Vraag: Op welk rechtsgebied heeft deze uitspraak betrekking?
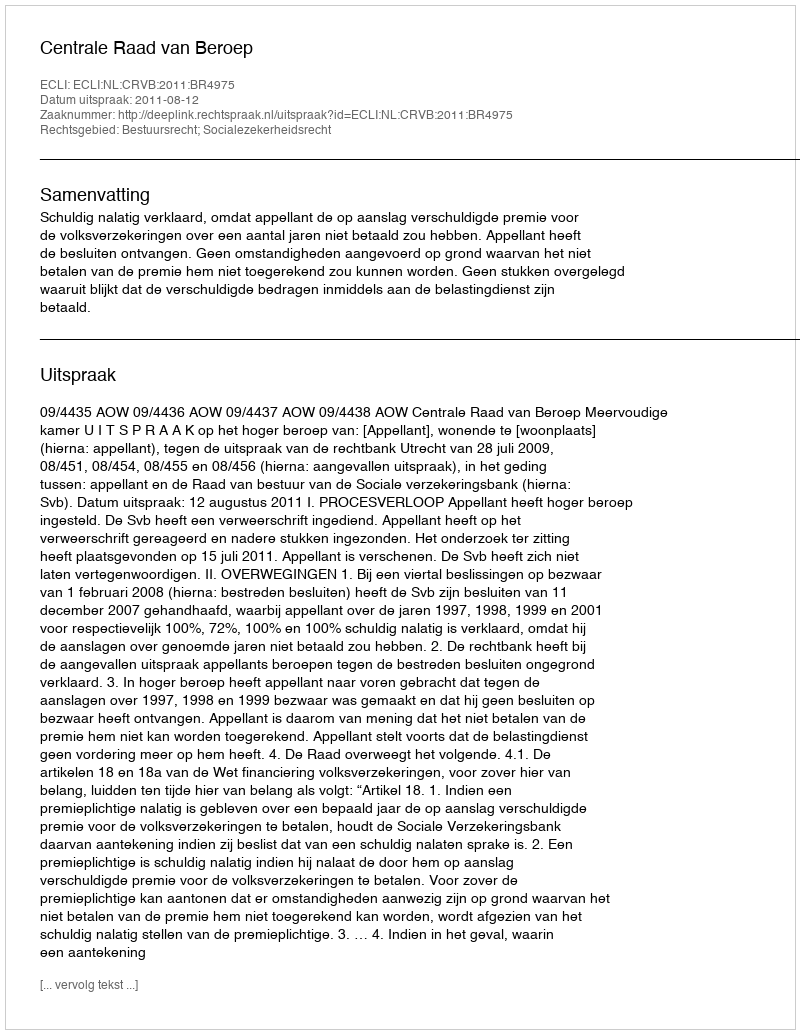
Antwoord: Bestuursrecht; Socialezekerheidsrecht